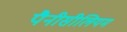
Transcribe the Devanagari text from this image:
पैनीसीलियम